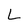
Character: L